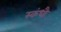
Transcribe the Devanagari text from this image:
स्कंधौ